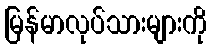
မြန်မာလုပ်သားများကို